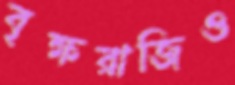
বৃক্ষরাজিও